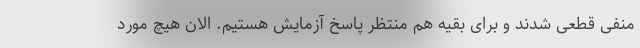
منفی قطعی شدند و برای بقیه هم منتظر پاسخ آزمایش هستیم. الان هیچ مورد